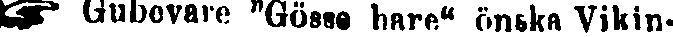
☞ Gubovare "Gösse hare" önska Vikin